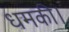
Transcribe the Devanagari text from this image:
धमकी।